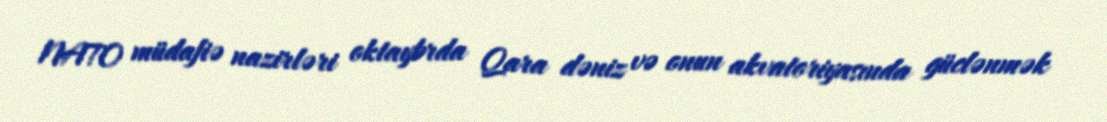
NATO müdafiə nazirləri oktaybrda Qara dəniz və onun akvatoriyasında güclənmək